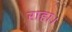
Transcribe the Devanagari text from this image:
राहा।